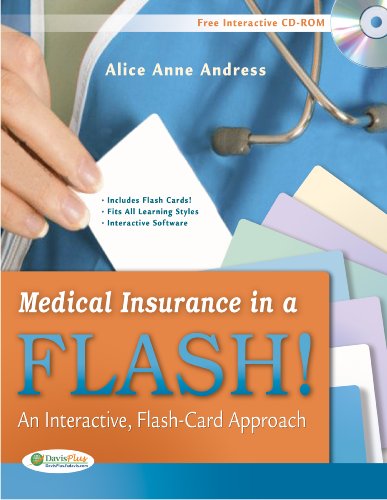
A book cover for MEDICAL INSURANCE IN A FLASH! AN INTERACTIVE, FLASH-CARD APPROACH; Alice Anne Andress CCS-P  CCP; Medical Books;